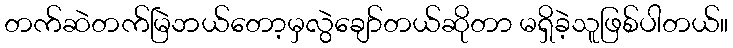
တက်ဆဲတက်မြဲဘယ်တော့မှလွဲချော်တယ်ဆိုတာ မရှိခဲ့သူဖြစ်ပါတယ်။